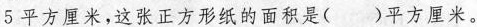
5平方厘米，这张正方形纸的面积是()平方厘米。